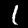
Digit: 1